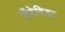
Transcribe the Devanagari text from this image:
हैंडेविड्ट